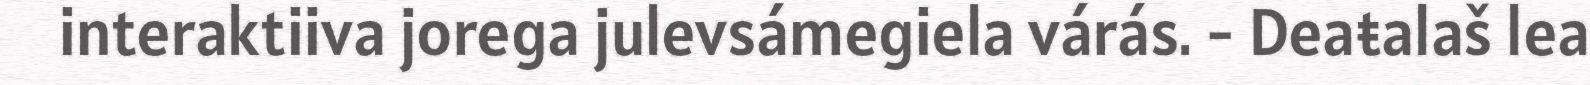
interaktiiva jorega julevsámegiela várás. - Deaŧalaš lea